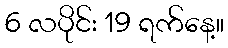
6 လပိုင်း 19 ရက်နေ့။